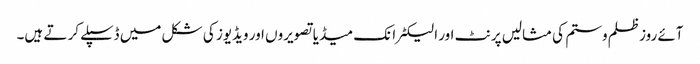
آئے روزظلم وستم کی مثالیں پرنٹ اور الیکٹرانک میڈیا تصویروں اور ویڈیوز کی شکل میں ڈسپلے کر تے ہیں۔